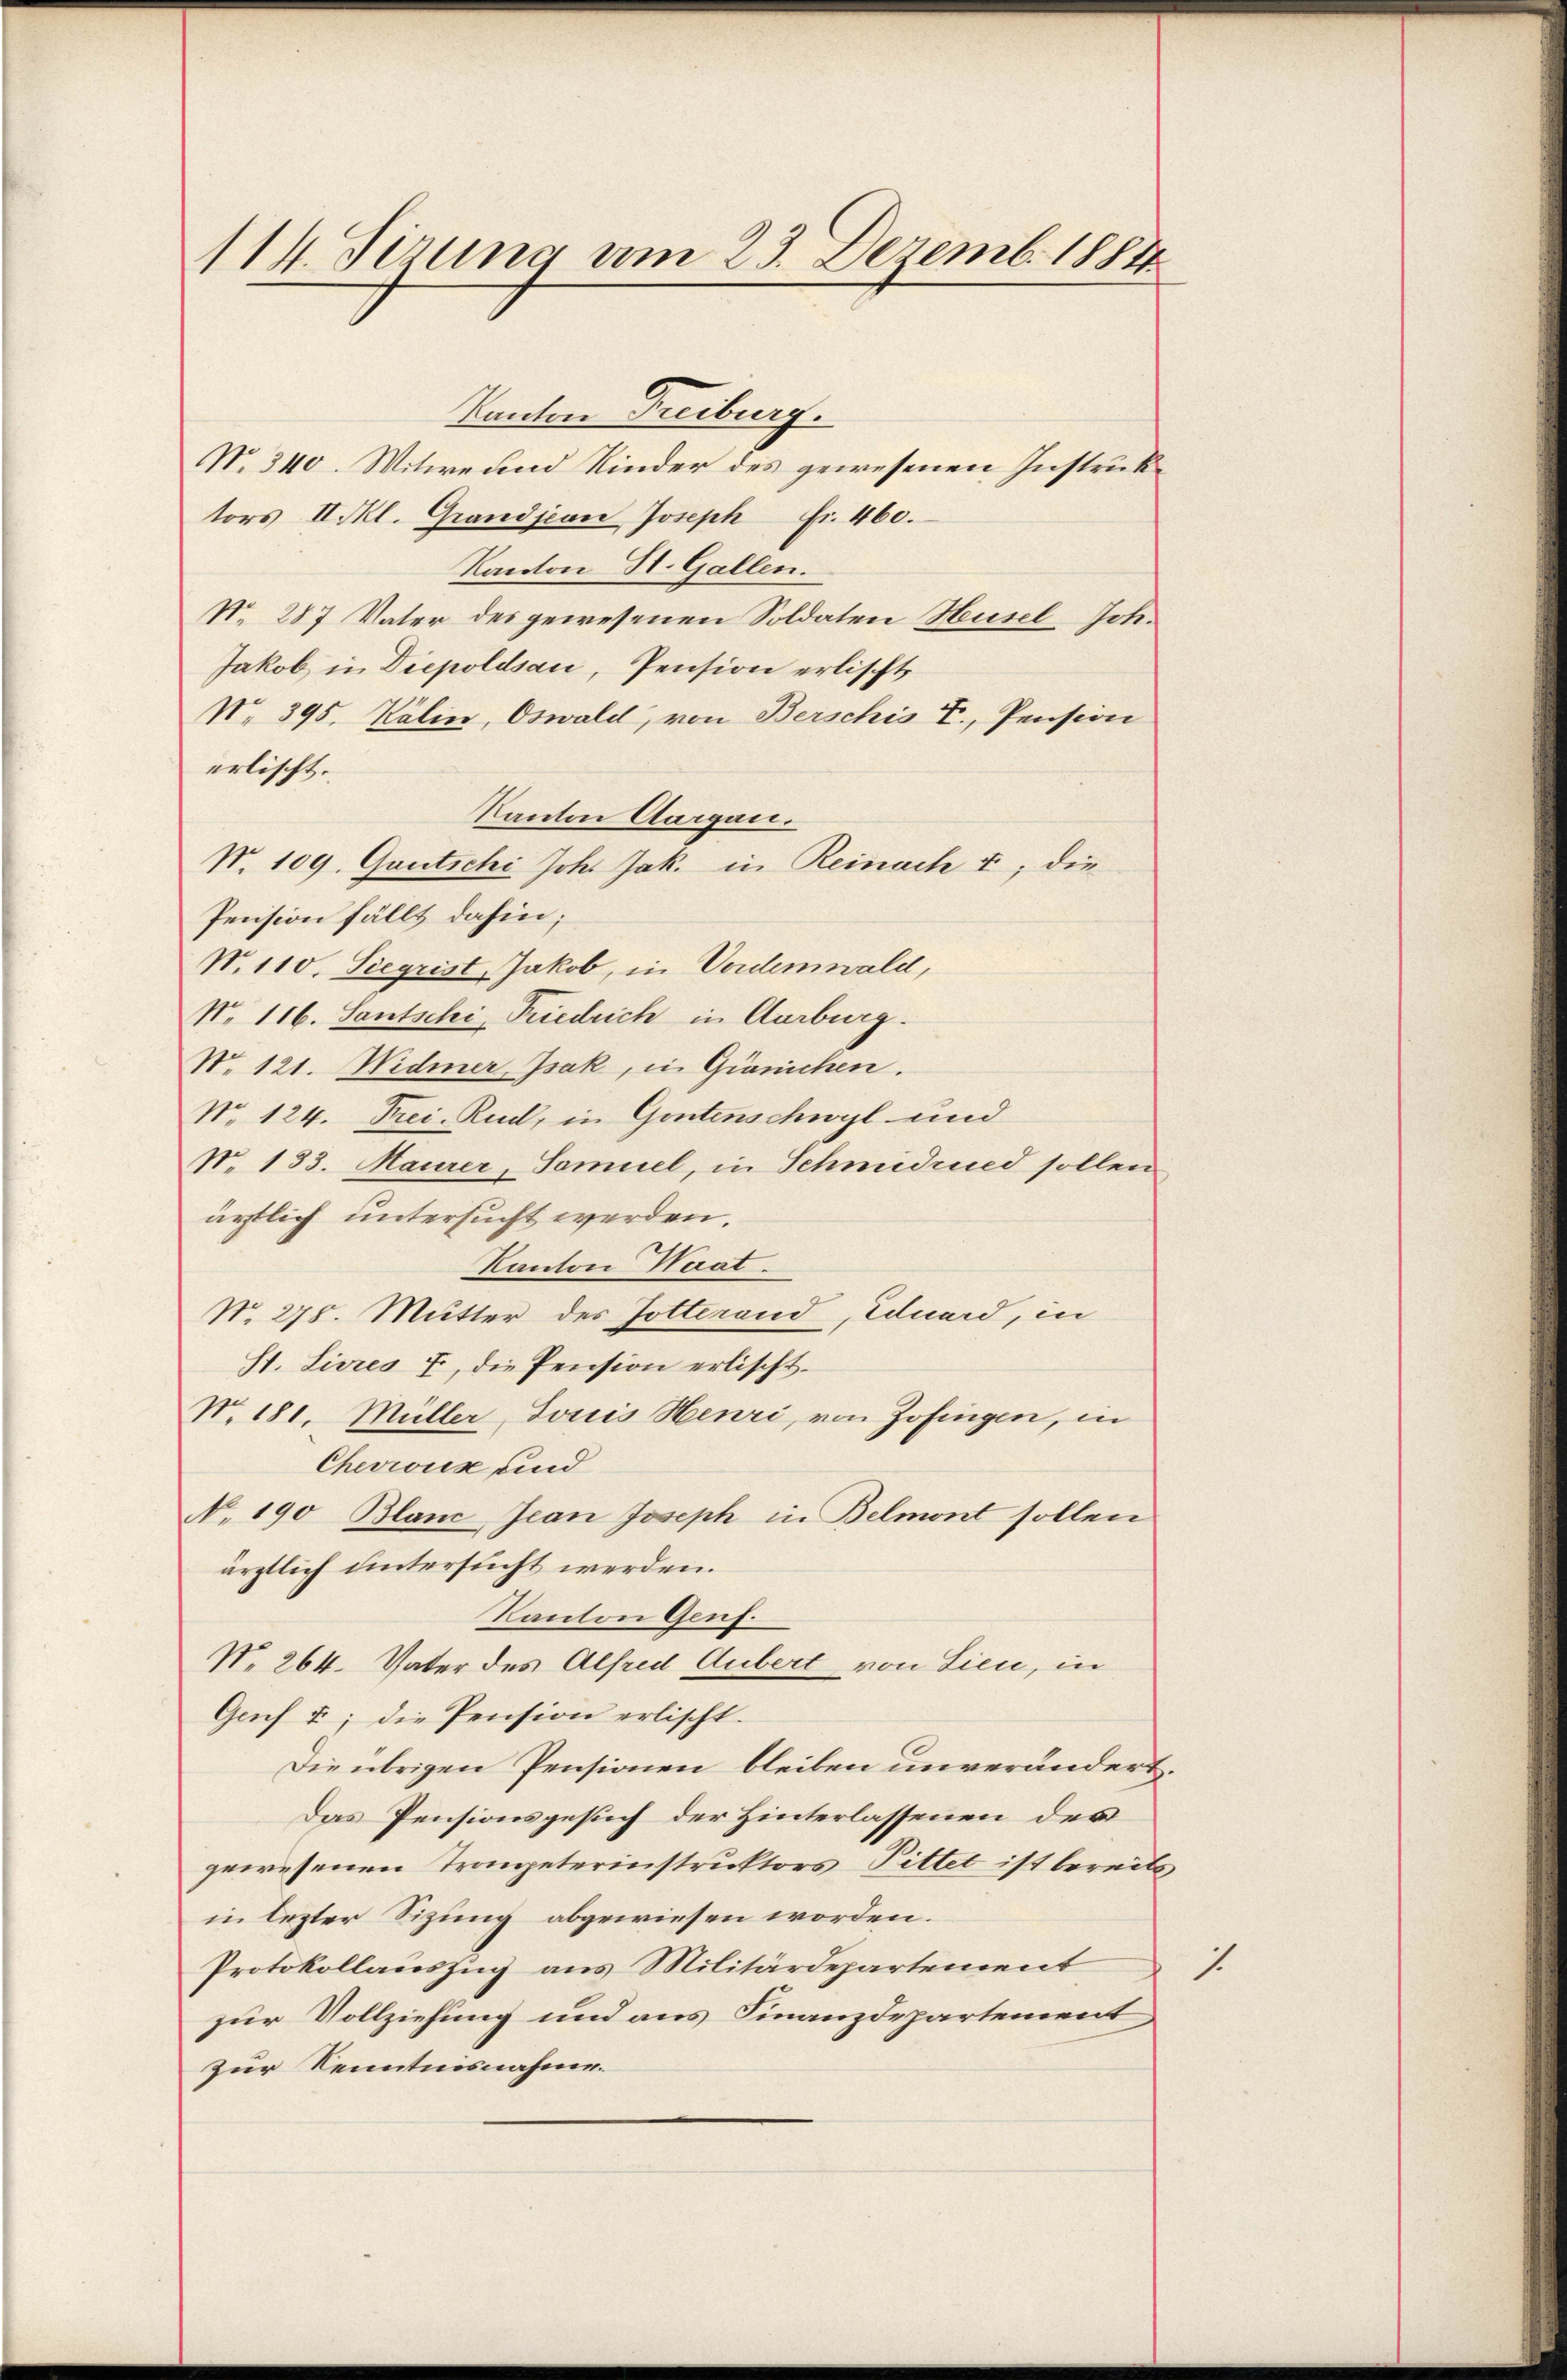
114. Sizung am 23. Dezemb. 1884

Tanton Freiburg.
No. 340. Witwe und Kinder des gewesenen Instruktors II Tkl. Grandjean Joseph Fr. 460.
Kanton H. Gallen.
No. 287 Vater des gewesenen Soldaten Husel, Joh.
Jakob in Diepoldsau, Pension erlischt,
No. 395. Kälin, Oswald, von Berschis T., Pension
erlischt.
Kanton Aargau.
N. 109. Gautschi Joh. Jak. in Reinach E; die
Pension fällt dahin;
N. 110. Siegrist, Jakob, in Vordemwald,
N. 116. Santschi, Riedrich in Aarburg.
No. 121. Widmer Isak, in Gränichen.
No 124. Frei. Rud, in Gontenschwyl und
No 133. Maurer, Samuel, in Schmidrued sollen
ärtlich untersucht werden.
Kanton Waat.
N. 278. Mutter des Gotterand, Eduard, in
St. Livres 7, die Pension erlischt.
N. 181. Müller, Josis Henri von Zofingen, in
Chevronik und
No. 190 Blanc Jean Joseph in Belmont sollen
ärztlich untersucht werden.
Kanton Genf.
No. 264. Vater des Alfred Gubert von Lien, in
Genf 5; die Pension erlischt.
Die übrigen Pensionen bleiben unverändert.
Das Pensionsgesuch der Hinterlassenen des
gewesenen Trompeterinstruktors Pittet ist bereits
in lezter Sizung abgewiesen worden.
Protokollauszug aus Militärdepartement
1
zur Vollziehung und aus Finanzdepartement,
zur Kenntnisnahme.